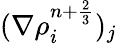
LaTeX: (\nabla{\rho}_{i}^{n+\frac{2}{3}})_{j}